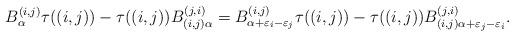
LaTeX: \begin{gather*}B_{\alpha}^{(i,j) }\tau((i,j))-\tau((i,j)) B_{(i,j) \alpha}^{(j,i) }=B_{\alpha+\varepsilon_{i}-\varepsilon_{j}}^{(i,j) }\tau((i,j)) -\tau((i,j)) B_{(i,j) \alpha+\varepsilon_{j}-\varepsilon_{i}}^{(j,i) }.\end{gather*}